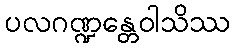
ပလဂဏ္ဍန္တေဝါသိဿ